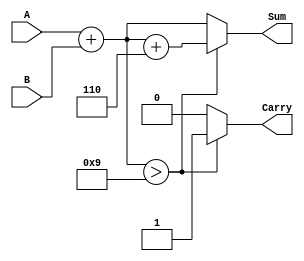
module BCD_Redundant_Binary_Adder (
    input [3:0] A,          // First BCD input (4 bits)
    input [3:0] B,          // Second BCD input (4 bits)
    output reg [4:0] Sum,   // BCD output in redundant binary format (5 bits)
    output reg Carry         // Carry output for higher BCD digit
);

// Intermediate signals
wire [4:0] raw_sum; // Raw binary sum (5 bits)
wire correction;     // Correction flag

always @(*) begin
    // Initial addition in binary (without carry)
    raw_sum = A + B;

    // Check if correction is needed
    if (raw_sum > 5'd9) begin
        Sum = raw_sum + 5'd6; // Add correction (6 in binary)
        Carry = 1;             // Set carry
    end else begin
        Sum = raw_sum;        // No correction needed
        Carry = 0;            // No carry
    end
end

endmodule